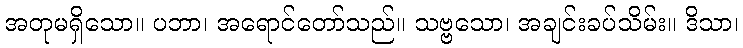
အတုမရှိသော။ ပဘာ၊ အရောင်တော်သည်။ သဗ္ဗသော၊ အချင်းခပ်သိမ်း။ ဒိသာ၊